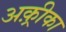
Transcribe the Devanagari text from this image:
अक़्रीका